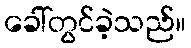
ခေါ်တွင်ခဲ့သည်။